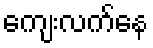
ကျေးလက်နေ